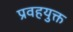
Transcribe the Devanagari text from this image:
प्रवहयुक्त